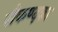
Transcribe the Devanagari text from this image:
सैकण्दका